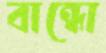
বান্ধো